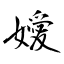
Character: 嬡